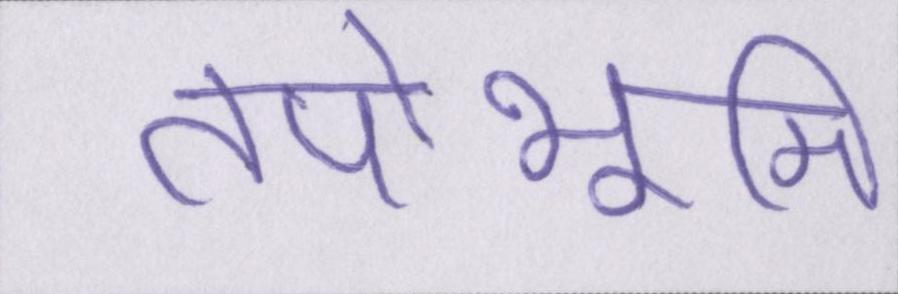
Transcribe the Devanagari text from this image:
तपोभूमि